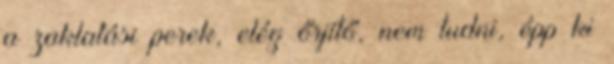
a zaklatási perek, elég őrjítő, nem tudni, épp ki